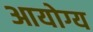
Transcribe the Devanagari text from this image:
आयोग्य